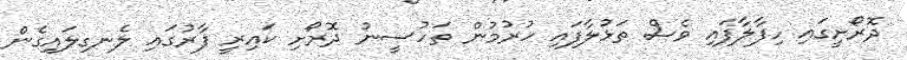
ދޮރޯށީގައި ހިފާލާފައި ވެސް ތަޅުލާފައި ހުރުމުން ތަހުސީނު ދޮރޯށި ކައިރީ ފާރުގައި ލެނގިލައިގެން